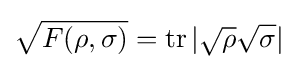
{\sqrt {F(\rho ,\sigma )}}=\operatorname {tr} |{\sqrt {\rho }}{\sqrt {\sigma }}|